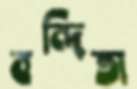
বন্দিতা